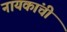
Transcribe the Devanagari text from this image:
नायकांची